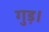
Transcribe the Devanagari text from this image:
गुड़।